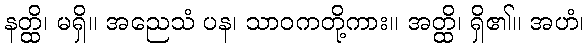
နတ္ထိ၊ မရှိ။ အညေသံ ပန၊ သာဝကတို့ကား။ အတ္ထိ၊ ရှိ၏။ အဟံ၊